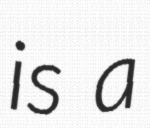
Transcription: is a